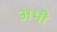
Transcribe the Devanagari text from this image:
अभीे